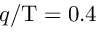
q / \mathrm { T } = 0 . 4